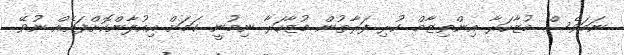
ނަމަވެސް މުޒާހަރާ އިންތިޒާމް ކުރި ފަރާތުން މުޒާހަރާ ނިމުނީ ކަމަށް އިއުލާންކޮށްފައެއް ނުވޭ.